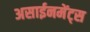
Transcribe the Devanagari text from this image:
असाईनमेंट्स